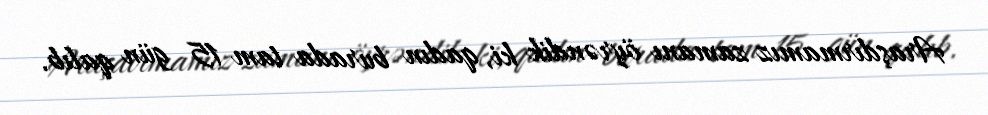
Araşdırmamız zamanı öyrəndik ki, qadın burada tam 15 gün qalıb.